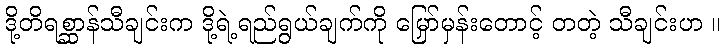
ဒို့တိရစ္ဆာန်သီချင်းက ဒို့ရဲ့ရည်ရွယ်ချက်ကို မြှော်မှန်းတောင့် တတဲ့ သီချင်းဟ ။